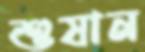
শুষান